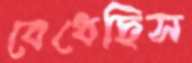
বেধেছিস